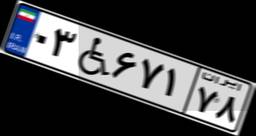
۰۳W۶۷۱۷۸